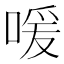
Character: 喛